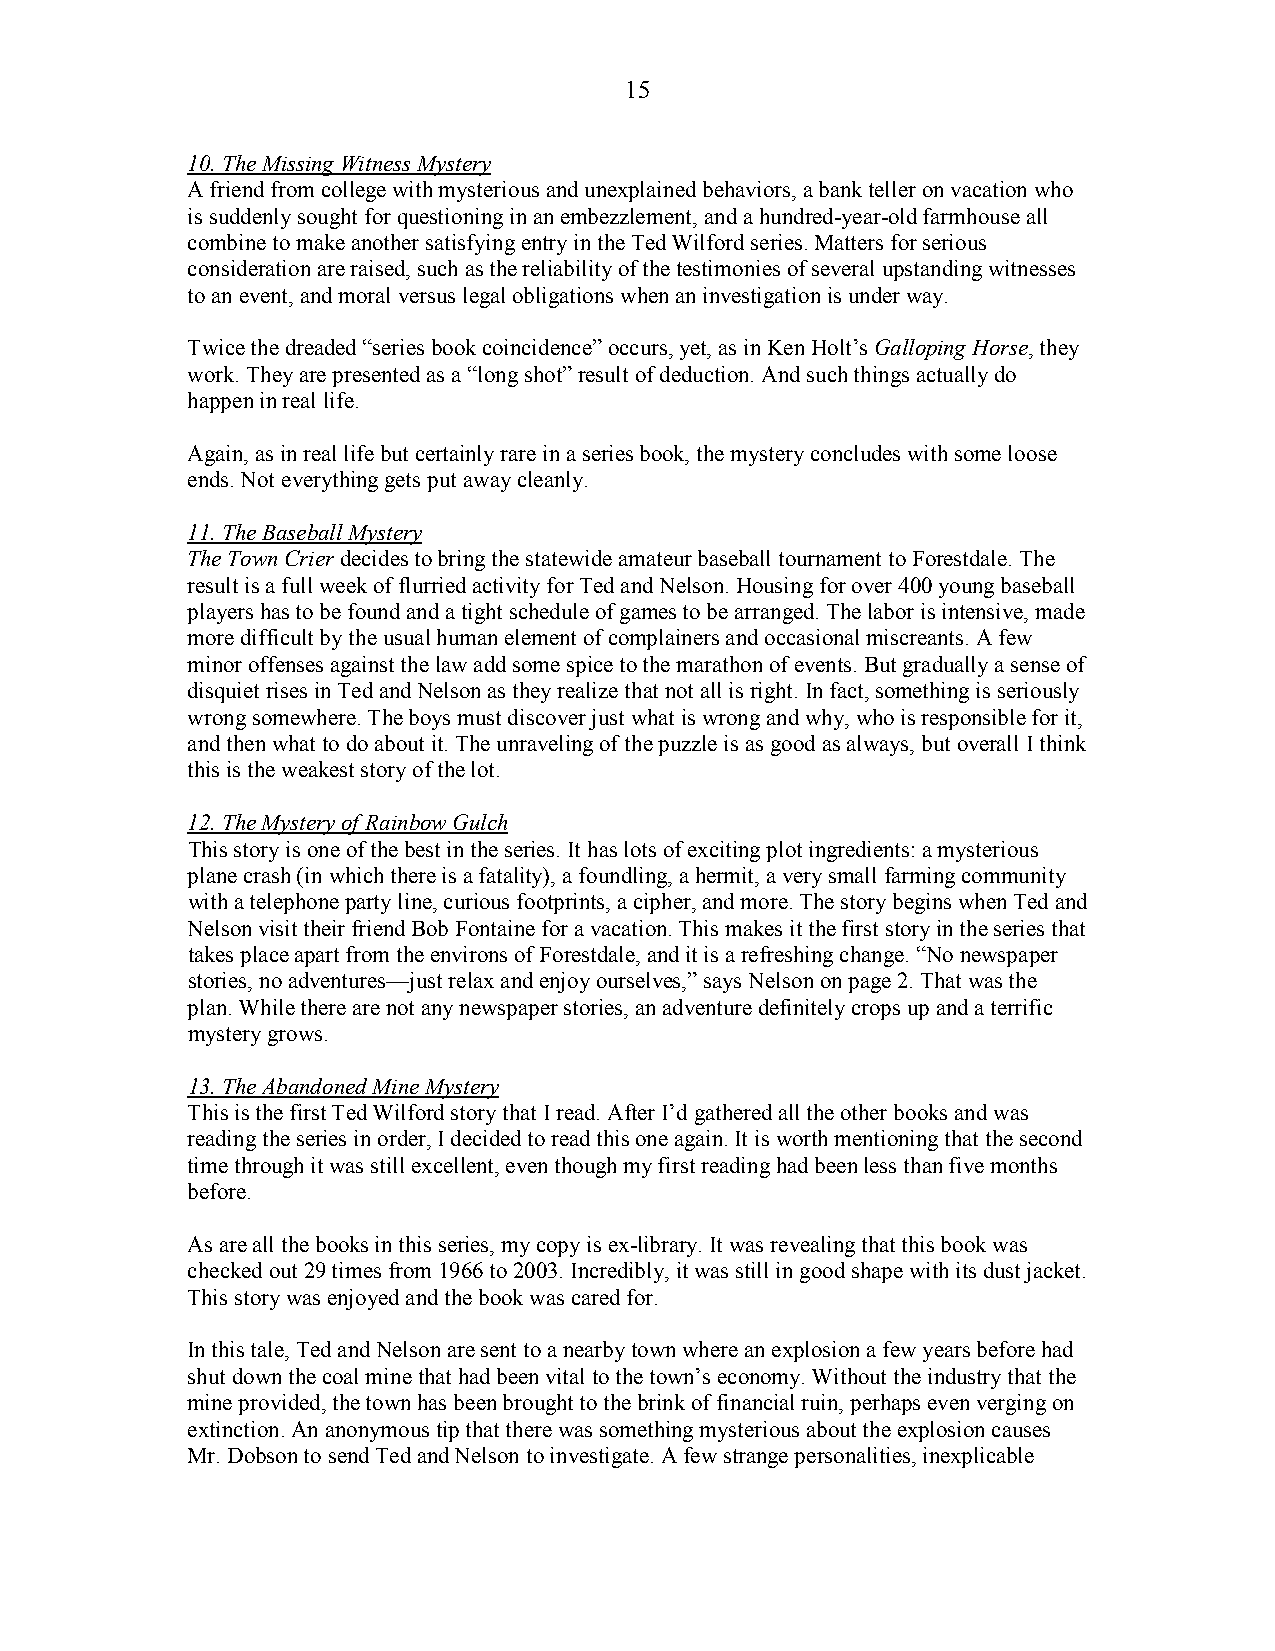
15
 10. The Missing Witness Mystery
 A friend from college with mysterious and unexplained behaviors, a bank teller on vacation who
 is suddenly sought for questioning in an embezzlement, and a hundred-year-old farmhouse all
 combine to make another satisfying entry in the Ted Wilford series. Matters for serious
 consideration are raised, such as the reliability of the testimonies of several upstanding witnesses
 to an event, and moral versus legal obligations when an investigation is under way.
 Twice the dreaded “series book coincidence” occurs, yet, as in Ken Holt’s Galloping Horse, they
 work. They are presented as a “long shot” result of deduction. And such things actually do
 happen in real life.
 Again, as in real life but certainly rare in a series book, the mystery concludes with some loose
 ends. Not everything gets put away cleanly.
 11. The Baseball Mystery
 The Town Crier decides to bring the statewide amateur baseball tournament to Forestdale. The
 result is a full week of flurried activity for Ted and Nelson. Housing for over 400 young baseball
 players has to be found and a tight schedule of games to be arranged. The labor is intensive, made
 more difficult by the usual human element of complainers and occasional miscreants. A few
 minor offenses against the law add some spice to the marathon of events. But gradually a sense of
 disquiet rises in Ted and Nelson as they realize that not all is right. In fact, something is seriously
 wrong somewhere. The boys must discover just what is wrong and why, who is responsible for it,
 and then what to do about it. The unraveling of the puzzle is as good as always, but overall I think
 this is the weakest story of the lot.
 12. The Mystery of Rainbow Gulch
 This story is one of the best in the series. It has lots of exciting plot ingredients: a mysterious
 plane crash (in which there is a fatality), a foundling, a hermit, a very small farming community
 with a telephone party line, curious footprints, a cipher, and more. The story begins when Ted and
 Nelson visit their friend Bob Fontaine for a vacation. This makes it the first story in the series that
 takes place apart from the environs of Forestdale, and it is a refreshing change. “No newspaper
 stories, no adventures—just relax and enjoy ourselves,” says Nelson on page 2. That was the
 plan. While there are not any newspaper stories, an adventure definitely crops up and a terrific
 mystery grows.
 13. The Abandoned Mine Mystery
 This is the first Ted Wilford story that I read. After I’d gathered all the other books and was
 reading the series in order, I decided to read this one again. It is worth mentioning that the second
 time through it was still excellent, even though my first reading had been less than five months
 before.
 As are all the books in this series, my copy is ex-library. It was revealing that this book was
 checked out 29 times from 1966 to 2003. Incredibly, it was still in good shape with its dust jacket.
 This story was enjoyed and the book was cared for.
 In this tale, Ted and Nelson are sent to a nearby town where an explosion a few years before had
 shut down the coal mine that had been vital to the town’s economy. Without the industry that the
 mine provided, the town has been brought to the brink of financial ruin, perhaps even verging on
 extinction. An anonymous tip that there was something mysterious about the explosion causes
 Mr. Dobson to send Ted and Nelson to investigate. A few strange personalities, inexplicable